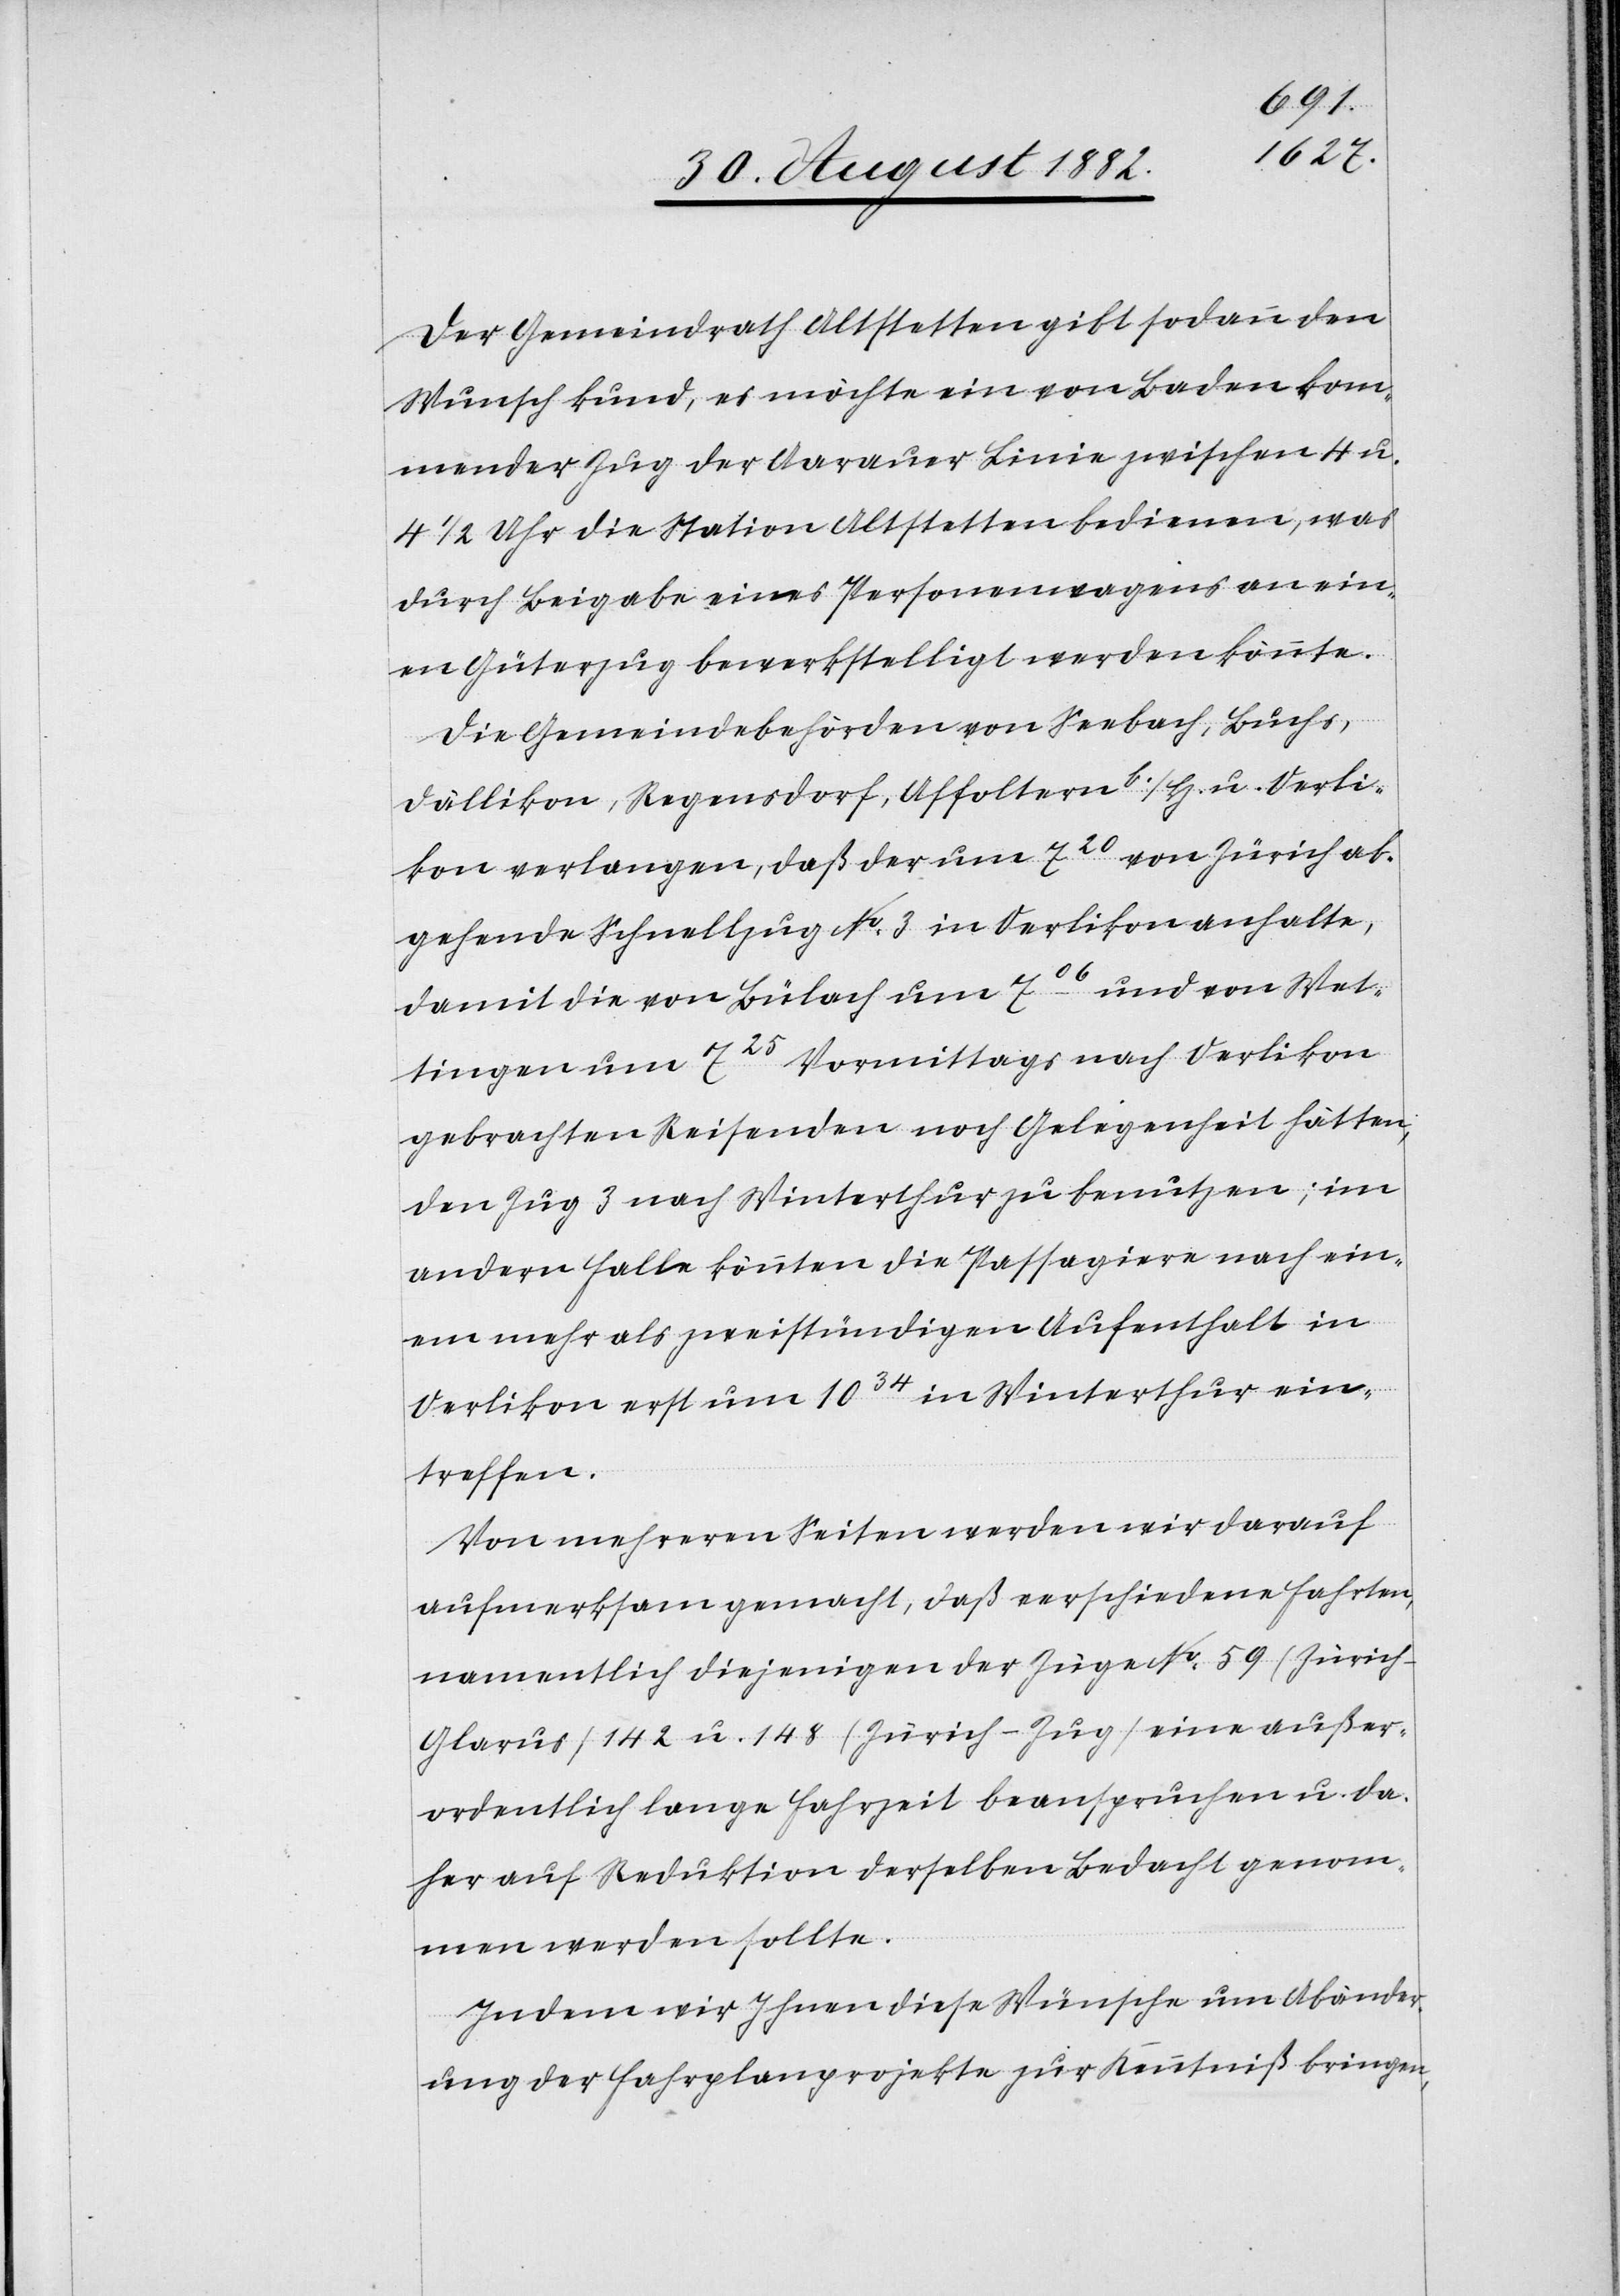
Der Gemeindrath Altstetten gibt sodann den
Wunsch kund, es möchte ein von Baden kom¬
mender Zug der Aarauer Linie zwischen 5 u.
4 1/2 Uhr die Station Altstetten bedienen, was
durch Beigabe eines Personenwagens an ein¬
en Güterzug bewerkstelligt werden könnte.
Die Gemeindebehörden von Seebach, Buchs,
Dällikon, Regensdorf, Affoltern b./H. u. Oerli¬
kon verlangen, daß der um 720 von Zürich ab¬
gehende Schnellzug No 3 in Oerlikon anhalte,
damit die von Bülach um 706 und von Wet¬
tingen um 725 Vormittags nach Oerlikon
gebrachten Reisenden noch Gelegenheit hätten,
den Zug 3 nach Winterthur zu benutzen; im
andern Falle könnten die Passagiere nach ein¬
em mehr als zweistündigen Aufenthalt in
Oerlikon erst um 1034 in Winterthur ein¬
treffen.
Von mehreren Seiten werden wir darauf
aufmerksam gemacht, daß verschiedene Fahrten,
namentlich diejenigen der Züge No 59 (Zürich–G¬
larus) 142 u. 148 (Zürich–Zug) eine außer¬
ordentlich lange Fahrzeit beanspruchen u. da¬
her auf Reduktion derselben Bedacht genom¬
men werden sollte.
Indem wir Ihnen diese Wünsche um Abänder¬
ung der Fahrplanprojekte zur Kenntniß bringen,